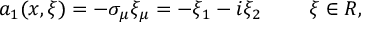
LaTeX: a _ { 1 } ( x , \xi ) = - \sigma _ { \mu } \xi _ { \mu } = - \xi _ { 1 } - i \xi _ { 2 } \, \, \, \, \, \, \, \, \, \, \, \, \, \, \xi \in R ,